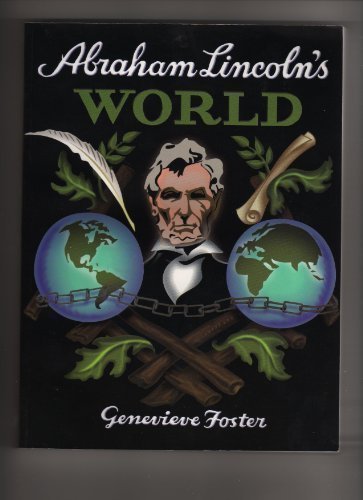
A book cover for Abraham Lincoln's World; Foster Foster; Teen & Young Adult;